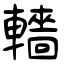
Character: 轖